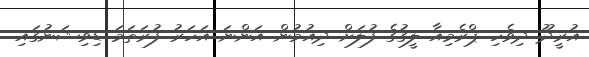
އުރީދޫ ދިވެހި ޕްރެމިއާ ލީގުގެ ފުލަށް ދިއުމުން އަންނަ އަހަރު ފުރަތަމަ ޑިވިޝަނުގައި